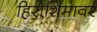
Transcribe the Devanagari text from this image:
हिरोशिमावर